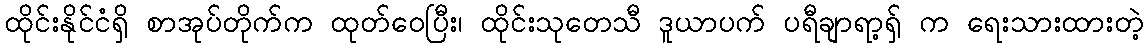
ထိုင်းနိုင်ငံရှိ စာအုပ်တိုက်က ထုတ်ဝေပြီး၊ ထိုင်းသုတေသီ ဒူယာပက် ပရီချာရာ့ရှ် က ရေးသားထားတဲ့